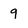
Character: 9